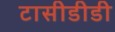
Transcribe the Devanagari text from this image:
टासीडीडी